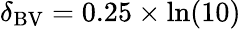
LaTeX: \delta_{\mathrm{BV}}=0.25\times\ln(10)